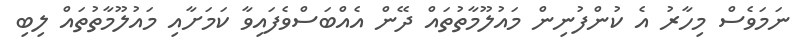
ނަމަވެސް މިހާރު އެ ކުންފުނިން މައުލޫމާތުތައް ދޭން އެއްބަސްވެފައިވާ ކަމަށާއި މައުލޫމާތުތައް ލިބި